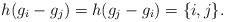
LaTeX: \begin{align*}h(g_i-g_j)=h(g_j-g_i)=\{i,j\}.\end{align*}